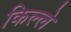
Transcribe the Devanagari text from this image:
किल्‍ले